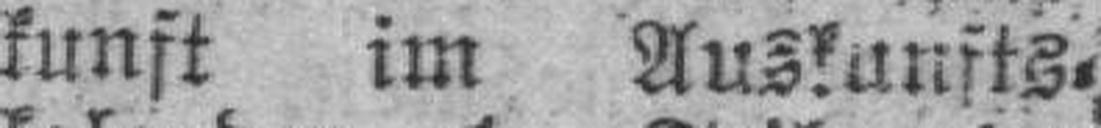
kunft im Auskunfts¬